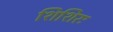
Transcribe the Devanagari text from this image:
शिशिरः